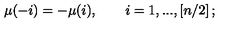
\mu ( - i ) = - \mu ( i ) , \quad \quad i = 1 , . . . , \left[ n / 2 \right] ;